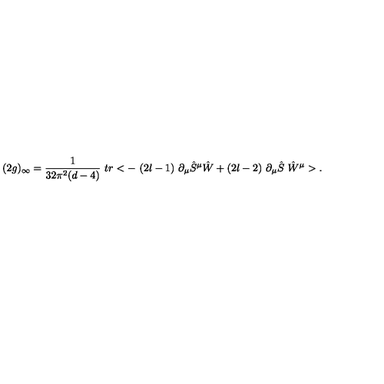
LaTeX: ( 2 g ) _ { \infty } = \frac { 1 } { 3 2 \pi ^ { 2 } ( d - 4 ) } \ t r < - \ ( 2 l - 1 ) \ \partial _ { \mu } \hat { S } ^ { \mu } \hat { W } + ( 2 l - 2 ) \ \partial _ { \mu } \hat { S } \ \hat { W } ^ { \mu } > .